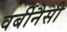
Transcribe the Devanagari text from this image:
वर्बीनैसी